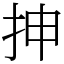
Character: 抻